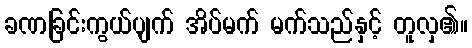
ခဏခြင်းကွယ်ပျက် အိပ်မက် မက်သည်နှင့် တူလှ၏။